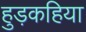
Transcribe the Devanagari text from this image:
हुड़कहिया